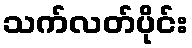
သက်လတ်ပိုင်း